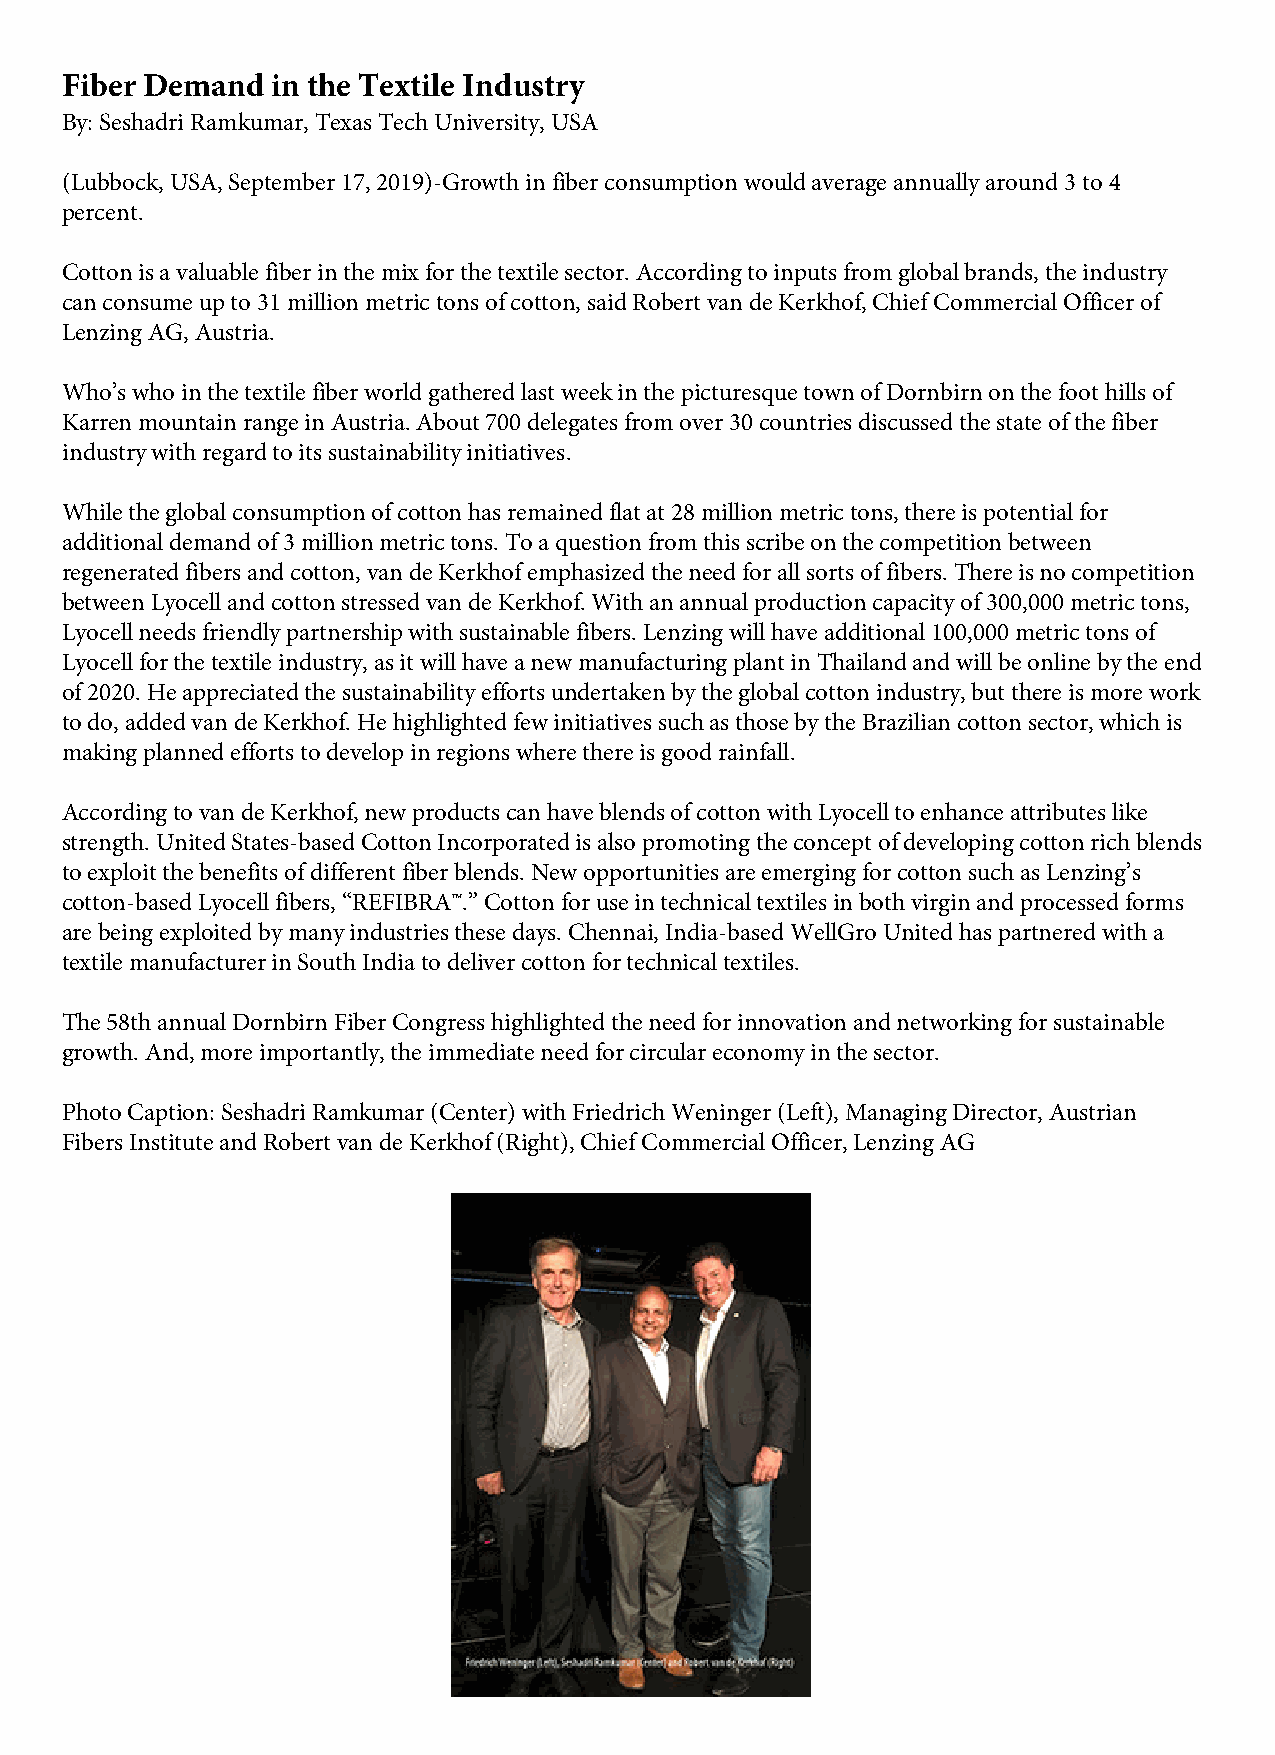
Fiber Demand  in the Textile Industry
 By: Seshadri Ramkumar, Texas Tech University, USA
 (Lubbock, USA, September 17, 2019)-Growth in fiber consumption would average annually around 3 to 4
 percent.
 Cotton is a valuable fiber in the mix for the textile sector. According to inputs from global brands, the industry
 can consume up to 31 million metric tons of cotton, said Robert van de Kerkhof, Chief Commercial Officer of
 Lenzing AG, Austria.
 Who’s who in the textile fiber world gathered last week in the picturesque town of Dornbirn on the foot hills of
 Karren mountain range in Austria. About 700 delegates from over 30 countries discussed the state of the fiber
 industry with regard to its sustainability initiatives.
 While the global consumption of cotton has remained flat at 28 million metric tons, there is potential for
 additional demand of 3 million metric tons. To a question from this scribe on the competition between
 regenerated fibers and cotton, van de Kerkhof emphasized the need for all sorts of fibers. There is no competition
 between Lyocell and cotton stressed van de Kerkhof. With an annual production capacity of 300,000 metric tons,
 Lyocell needs friendly partnership with sustainable fibers. Lenzing will have additional 100,000 metric tons of
 Lyocell for the textile industry, as it will have a new manufacturing plant in Thailand and will be online by the end
 of 2020. He appreciated the sustainability efforts undertaken by the global cotton industry, but there is more work
 to do, added van de Kerkhof. He highlighted few initiatives such as those by the Brazilian cotton sector, which is
 making planned efforts to develop in regions where there is good rainfall.
 According to van de Kerkhof, new products can have blends of cotton with Lyocell to enhance attributes like
 strength. United States-based Cotton Incorporated is also promoting the concept of developing cotton rich blends
 to exploit the benefits of different fiber blends. New opportunities are emerging for cotton such as Lenzing’s
 cotton-based Lyocell fibers, “REFIBRA™.” Cotton for use in technical textiles in both virgin and processed forms
 are being exploited by many industries these days. Chennai, India-based WellGro United has partnered with a
 textile manufacturer in South India to deliver cotton for technical textiles.
 The 58th annual Dornbirn Fiber Congress highlighted the need for innovation and networking for sustainable
 growth. And, more importantly, the immediate need for circular economy in the sector.
 Photo Caption: Seshadri Ramkumar (Center) with Friedrich Weninger (Left), Managing Director, Austrian
 Fibers Institute and Robert van de Kerkhof (Right), Chief Commercial Officer, Lenzing AG